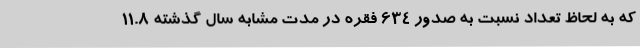
که به لحاظ تعداد نسبت به صدور 634 فقره در مدت مشابه سال گذشته 11.8